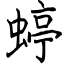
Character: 蝏